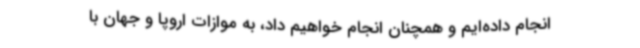
انجام داده‌ایم و همچنان انجام خواهیم داد، به موازات اروپا و جهان با